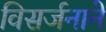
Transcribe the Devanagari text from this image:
विसर्जनाने